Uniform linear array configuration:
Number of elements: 64
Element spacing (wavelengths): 1
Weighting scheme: exponential
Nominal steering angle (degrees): -45
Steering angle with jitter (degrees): -46.024
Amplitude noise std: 0.05
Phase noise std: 0.05

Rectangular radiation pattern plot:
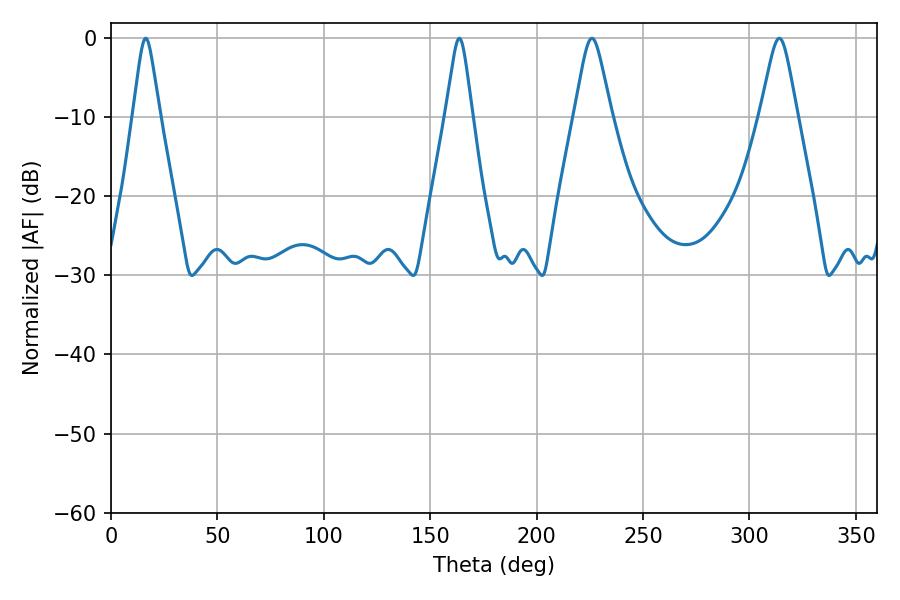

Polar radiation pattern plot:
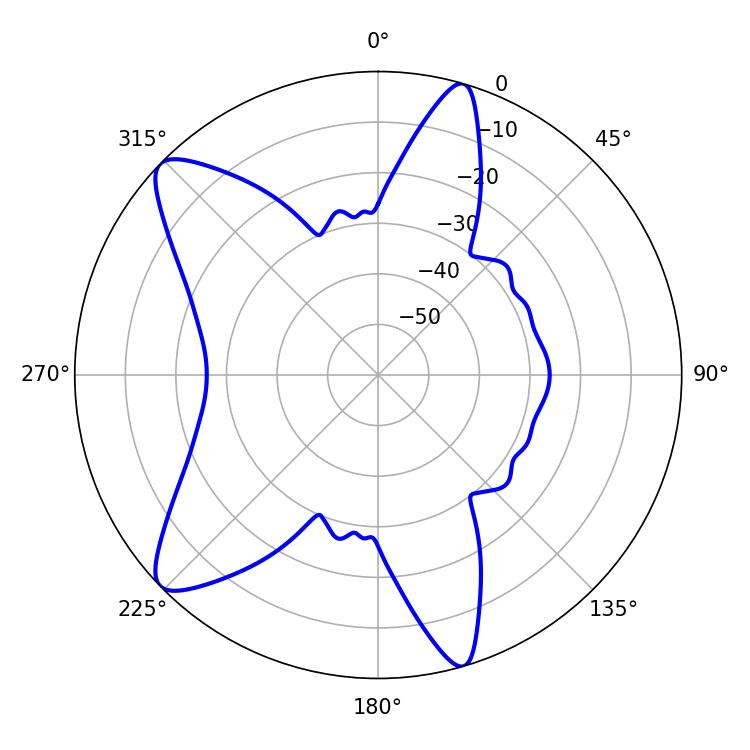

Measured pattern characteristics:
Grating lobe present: TRUE
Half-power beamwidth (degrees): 8.28
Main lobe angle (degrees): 225.9